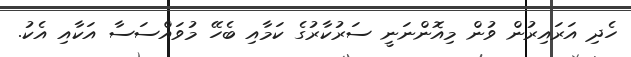
ހެދި އަރައިރުން ވުން މިއޮންނަނީ ސަރުކާރުގެ ކަމާއި ބެހޭ މުވައްސަސާ އަކާއި އެކު.